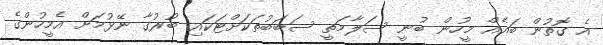
އެ ގޮތުން ބައެއް މީހުން ބުނީ ސަލާމަތީ ސަބަބުތަކަށްޓަކައި ބުރުގާ ނޭޅުމަށް އެމީހުންގެ